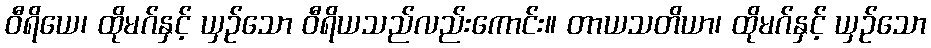
ဝီရိယေ၊ ထိုမဂ်နှင့် ယှဉ်သော ဝီရိယသည်လည်းကောင်း။ တာယသတိယာ၊ ထိုမဂ်နှင့် ယှဉ်သော